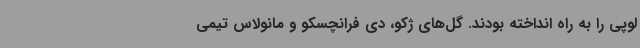
لوپی را به راه انداخته بودند. گل‌های ژکو، دی فرانچسکو و مانولاس تیمی